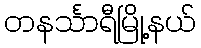
တနင်္သာရီမြို့နယ်